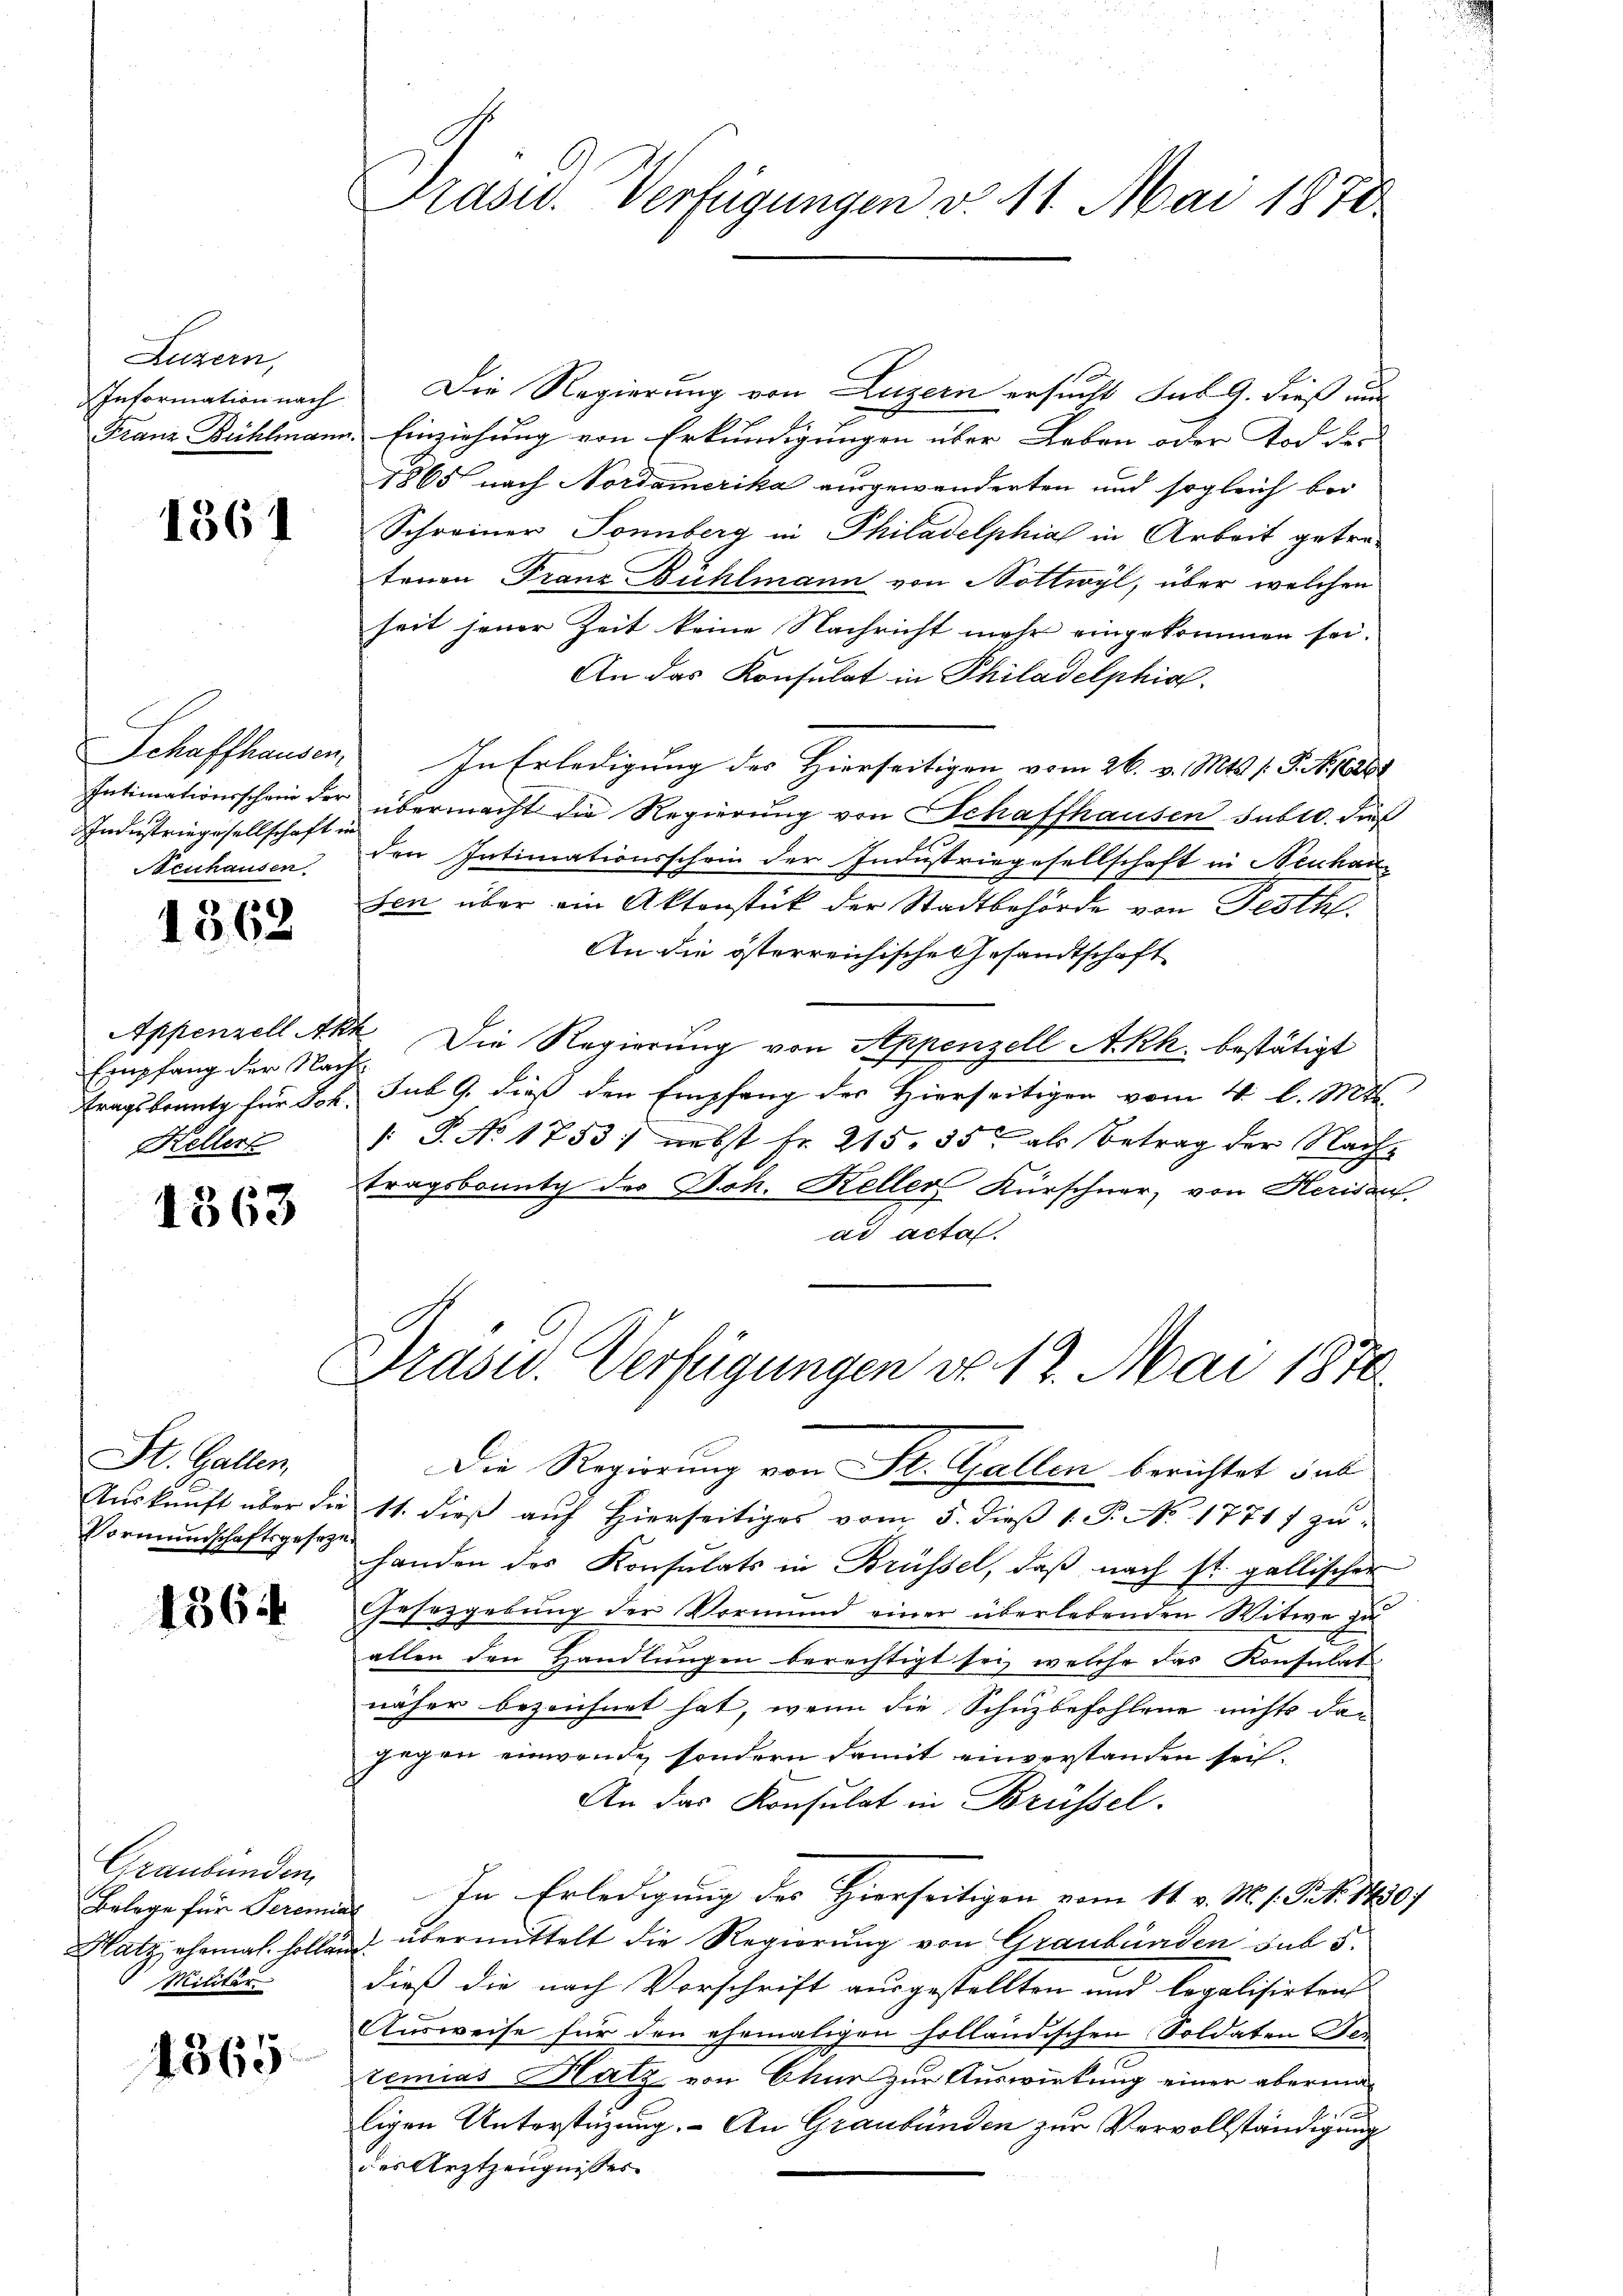
Luzern,
Information nach
Franz Bühlmann.

1361

Schaffhausen,
Intimationsschein der
Industriegesellschaft in
Neuhausen

1362

Empfang der Nach
tragsbrunt für Joh.
Kellers

1363

St. Gallen,
Vormundschaftsgesezt

1364

Graubünden
Belege für Seren
Militär

1365

Präsid. Verfügungen v. 11. Mai 1872.

Die Regierung von Luzern ersucht sub. 9. dieß nur
Einziehung von Erkundigungen über Leben oder Tod des
1865 nach Nordamerika ausgewanderten und sogleich bei
Schreiner Sonnberg in Philadelphia in Arbeit getratenen Franz Bühlmann von Nottwyl, über welchen
seit jener Zeit keine Nachricht mehr eingekommen sei.
An das Konsulat in Philadelphia
In Erledigung des Hierseitigen vom 26. v. Mts. s. S. N. 281
übermacht die Regierung von Schaffhausen subro dies
den Intimationsschein der Industriegesellschaft in Neuhau
sen über ein Aktenstück der Stadtbehörde von Festh.
An die österreichische Gesandtschaft
Appenzell Akt. Die Regierung von Appenzell Akk. bestätigt
sub 9. dieß den Empfang des Hierseitigen vom 4. l. Mts.
/: P. No. 1753/ nebst fr. 215, 35 als Betrag der Nach-
tragsbounty der Joh. Keller Kürschner, von Herisauf
ad acta.

Präser. Verfügungen No 12. Mai 1870
Die Regierung von St. Gallen berichtet sub

Auskunft über die 11. dieß auf Hierseitiges vom 5. dieß 1. P. No 1771/ zu
handen des Konsulats in Brüssel, daβ nach st. gallischer
Gesezgebung der Vormund einer überlebenden Witwe zu
allen den Handlungen berechtigt sei, welche das Konsulat
näher bezeichnet hat, wenn die Schuzbefohlene nichts dagegen einwende sondern damit einverstanden sei.
An das Konsulat in Brüssel.
In Erledigung des Hierseitigen vom 11. v. M. 1. Sept. 14307
s
Hatz, ehemal sollen übermittelt die Regierung von Graubünden sub 5
dieß die nach Vorschrift ausgestellten und legalisirten
Ausweise für den ehemaligen holländischen Soldaten Jen
remias Hatz von Chur zur Auswirkung einer abermad
ligen Unterstüzung. - An Graubünden zur Vervollständigung
des Arztzeugnisses